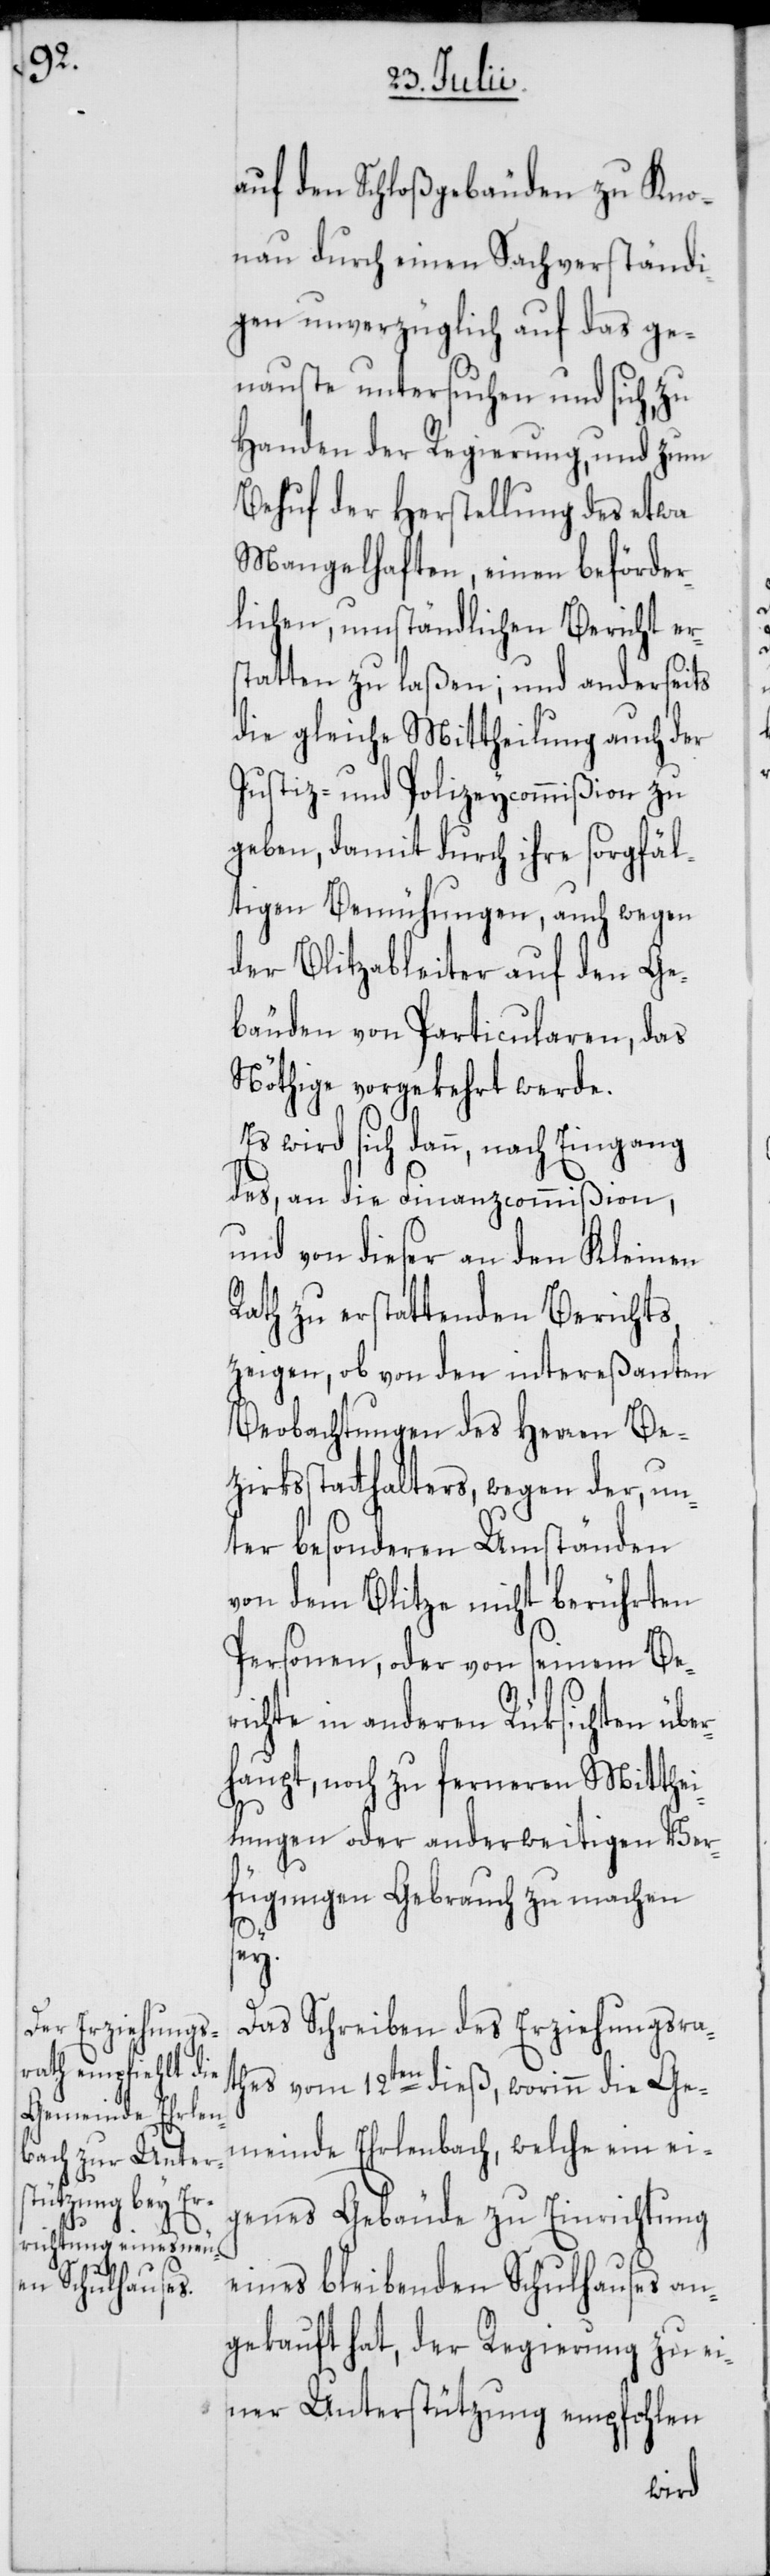
auf den Schloßgebäuden zu Kno¬
nau durch einen Sachverständi¬
gen unverzüglich auf das ge¬
nauste untersuchen und sich, zu
Handen der Regierung, und zum
Behuf der Herstellung des etwa
Mangelhaften, einen beförder¬
lichen, umständlichen Bericht er¬
tatten zu laßen; und anderseits
die gleiche Mittheilung auch der
Justiz- und Polizeycommißion zu
geben, damit durch ihre sorgfäl¬
tigen Bemühungen, auch wegen
der Blitzableiter auf den Ge¬
bäuden von Particularen, das
Nöthige vorgekehrt werde.
Es wird sich dann, nach Eingang
des, an die Finanzcommißion,
und von dieser an den Kleinen
Rath zu erstattenden Berichts
zeigen, ob von den intereßanten
Beobachtungen des Herr¬
s¬
zirksstatthalters, wegen der, un¬
ter besonderen Umständen
von dem Blitze nicht berührten
Personen, oder von seinem Ber¬
ichte in anderen Rüksichten übe¬
rhaupt, noch zu ferneren Mitthei¬
lungen oder anderweitigen Ver¬
fügungen Gebrauch zu machen
sey.
Das Schreiben des Erziehungsra¬
thes vom 12ten dieß, worinn die Ge¬
meinde Ehrlenbach, welche ein ei¬
genes Gebäude zu Einrichtung
eines bleibenden Schulhauses an¬
gekauft hat, der Regierung zu ei¬
ner Unterstützung empfohlen
Be¬